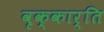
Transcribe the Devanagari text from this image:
वृक्कार्ति